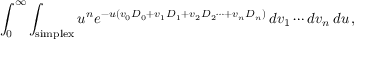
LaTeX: \int _ { 0 } ^ { \infty } \int _ { \mathrm { s i m p l e x } } u ^ { n } e ^ { - u \left( v _ { 0 } D _ { 0 } + v _ { 1 } D _ { 1 } + v _ { 2 } D _ { 2 } \cdots + v _ { n } D _ { n } \right) } \, d v _ { 1 } \cdots d v _ { n } \, d u \, ,